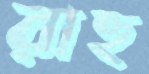
রাহু